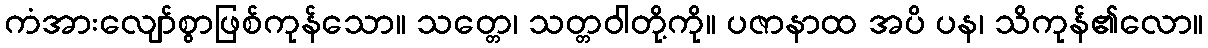
ကံအားလျော်စွာဖြစ်ကုန်သော။ သတ္တေ၊ သတ္တဝါတို့ကို။ ပဇာနာထ အပိ ပန၊ သိကုန်၏လော။